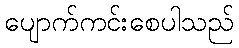
ပျောက်ကင်းစေပါသည်